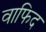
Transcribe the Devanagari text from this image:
वाफिद